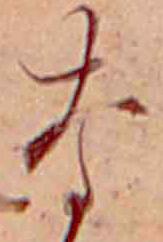
な